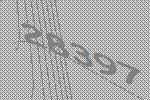
28397